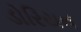
ડોરિયન